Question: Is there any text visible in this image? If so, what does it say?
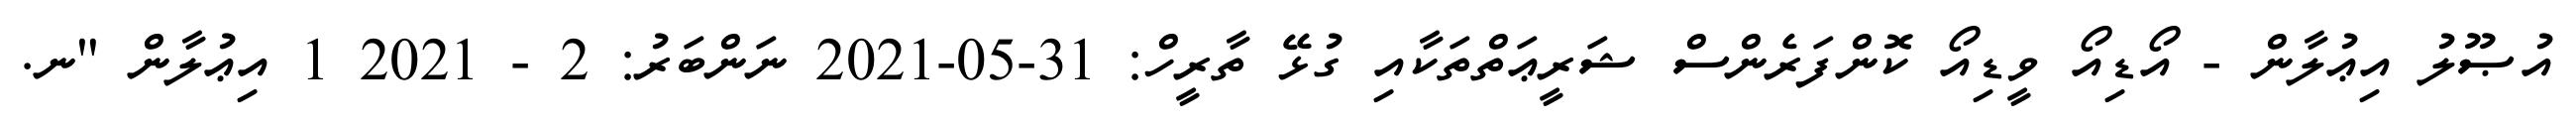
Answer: އުޞޫލު އިޢުލާން - އޯޑިއޯ ވީޑިއޯ ކޮންފަރެންސް ޝަރީޢަތްތަކާއި ގުޅޭ ތާރީހް: 31-05-2021 ނަންބަރު: 2 - 2021 1 އިޢުލާން "ނ.